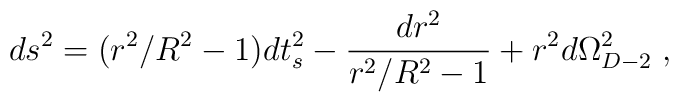
ds^2 = (r^2/R^2 -1) dt_s^2 - {dr^2 \over r^2/R^2 - 1} + r^2d \Omega^2_{D-2} \; ,